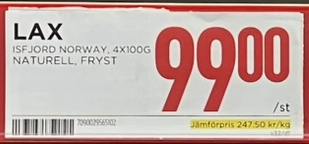
Vara: Lax
Genomsnittspris: 247.5 per kg